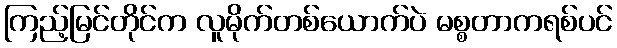
ကြည့်မြင်တိုင်က လူမိုက်တစ်ယောက်ပဲ မစ္စတာကရစ်ပင်